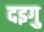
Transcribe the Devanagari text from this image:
दइगु